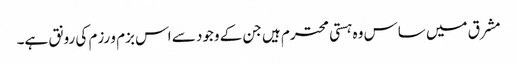
مشرق میں ساس وہ ہستی محترم ہیں جن کے وجود سے اس بزم و رزم کی رونق ہے۔